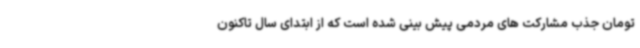
تومان جذب مشارکت های مردمی پیش بینی شده است که از ابتدای سال تاکنون